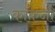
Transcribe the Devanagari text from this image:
कॉकनी